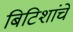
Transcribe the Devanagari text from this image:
बिटिशांचे